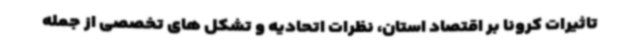
تاثیرات کرونا بر اقتصاد استان، نظرات اتحادیه و تشکل های تخصصی از جمله